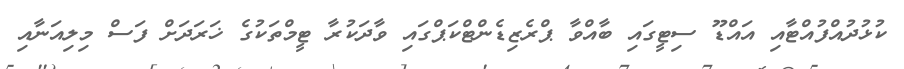
ކުޅުދުއްފުއްޓާއި އައްޑޫ ސިޓީގައި ބާއްވާ ޕްރެޒިޑެންޓްކަޕްގައި ވާދަކުރާ ޓީމްތަކުގެ ޚަރަދަށް ފަސް މިލިއަނާއި